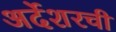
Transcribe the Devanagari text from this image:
अर्देशरची